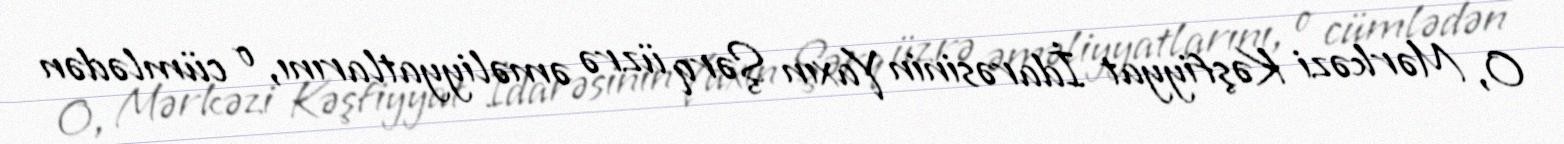
O, Mərkəzi Kəşfiyyat İdarəsinin Yaxın Şərq üzrə əməliyyatlarını, o cümlədən